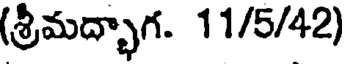
(శ్రీమద్భాగ. 11/5/42)